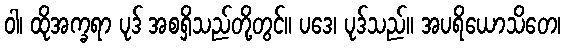
ဝါ၊ ထိုအက္ခရာ ပုဒ် အစရှိသည်တို့တွင်။ ပဒေ၊ ပုဒ်သည်။ အပရိယောသိတေ၊